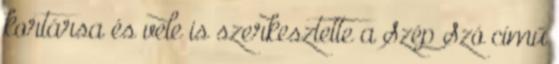
kortársa és vele is szerkesztette a Szép Szó című